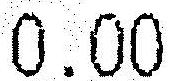
0.00